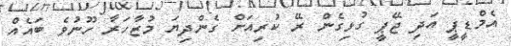
އެމްޑީޕީ އަދި ޖޭޕީ ގުޅިގެން ރޭ ކުރިއަށް ގެންދިޔަ މުޒާހަރާ ހޫނުވެ ބައެއް